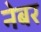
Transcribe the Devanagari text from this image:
नेबर